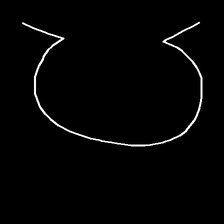
Glyph: weave